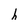
Character: h